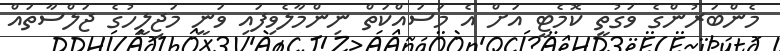
މެންބަރުންގެ ވަގުތީ ކޮމެޓީ އަށް އެ މަސައްކަތް ނިންމާލެވިފައި ވަނީ މަޖިލީހުގެ ޖަލްސާތައް